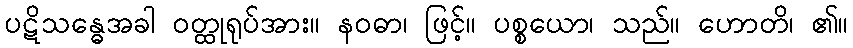
ပဋိသန္ဓေအခါ ဝတ္ထုရုပ်အား။ နဝဓာ၊ ဖြင့်။ ပစ္စယော၊ သည်။ ဟောတိ၊ ၏။